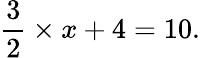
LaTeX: {\frac{3}{2}}\times x+4=10.